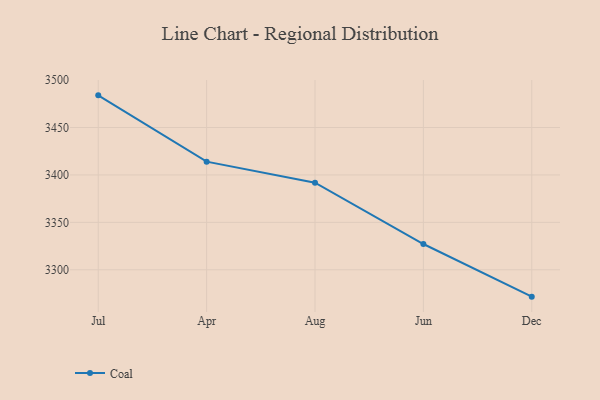
{"axis": {"x": "Month", "y": "Demand Index"}, "legend": ["Coal"], "data": [{"x": "Jul", "y": 3483.9, "type": "Coal"}, {"x": "Apr", "y": 3414.0, "type": "Coal"}, {"x": "Aug", "y": 3391.8, "type": "Coal"}, {"x": "Jun", "y": 3327.2, "type": "Coal"}, {"x": "Dec", "y": 3271.7, "type": "Coal"}]}